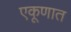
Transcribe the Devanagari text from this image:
एकूणात